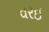
વરઈ